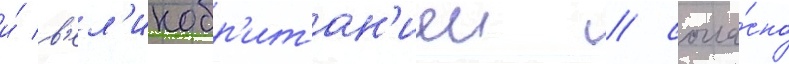
и́ в'ел'икобр'итан'иеи / согла́сно